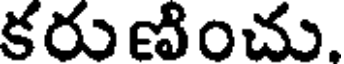
కరుణించు.